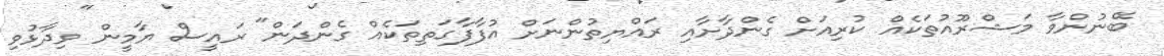
ބޭނުންވާ މަޝްރޫއުތަކެއް ކުރިއަށް ގެންދާށާއި ރައްޔިތުންނަށް އުފާފާގަތިތަކެއް ގެންދަން" ރައީސް ޔާމީން ވިދާޅުވި